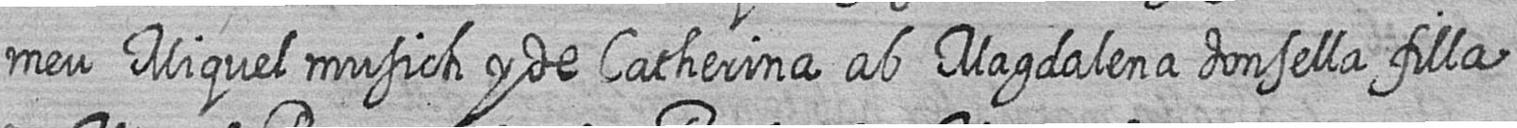
meu Miquel musich y de Catherina ab Magdalena donsella filla